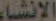
الإنشاء